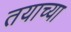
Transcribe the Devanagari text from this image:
तयाच्या